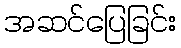
အဆင်ပြေခြင်း